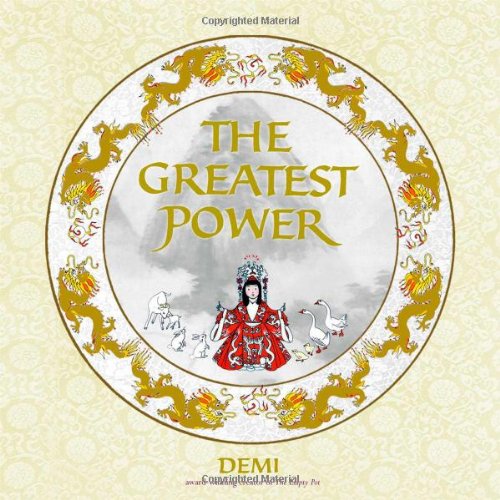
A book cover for The Greatest Power; Demi; Children's Books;